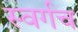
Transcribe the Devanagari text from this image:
स्वर्गच